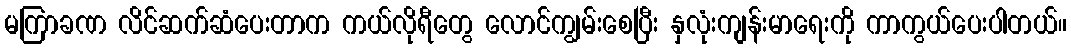
မကြာခဏ လိင်ဆက်ဆံပေးတာက ကယ်လိုရီတွေ လောင်ကျွမ်းစေပြီး နှလုံးကျန်းမာရေးကို ကာကွယ်ပေးပါတယ်။